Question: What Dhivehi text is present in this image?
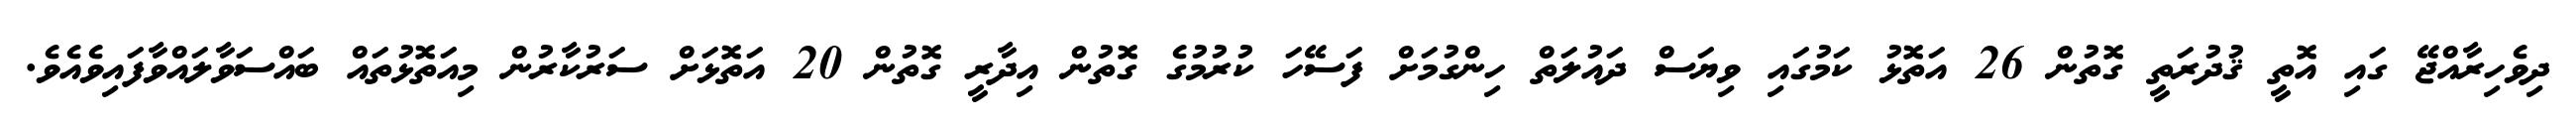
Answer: ދިވެހިރާއްޖޭ ގައި އޮތީ ޤުދުރަތީ ގޮތުން 26 އަތޮޅު ކަމުގައި ވިޔަސް ދައުލަތް ހިންގުމަށް ފަސޭހަ ކުރުމުގެ ގޮތުން އިދާރީ ގޮތުން 20 އަތޮޅަށް ސަރުކާރުން މިއަތޮޅުތައް ބައްސަވާލައްވާފައިވެއެވެ.